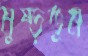
মুষ্‌ড়তুম